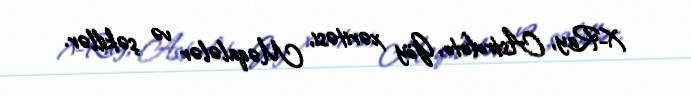
X-Ray, Astrofoto, Göy xəritəsi, Məqalələr və şəkillər.